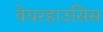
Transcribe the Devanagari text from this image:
वेयरहाउसिस